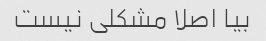
بیا اصلا مشکلی نیست